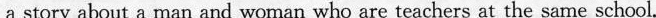
a story about a man and woman who are teachers at the same school.